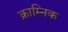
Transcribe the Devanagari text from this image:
क्राम्निक